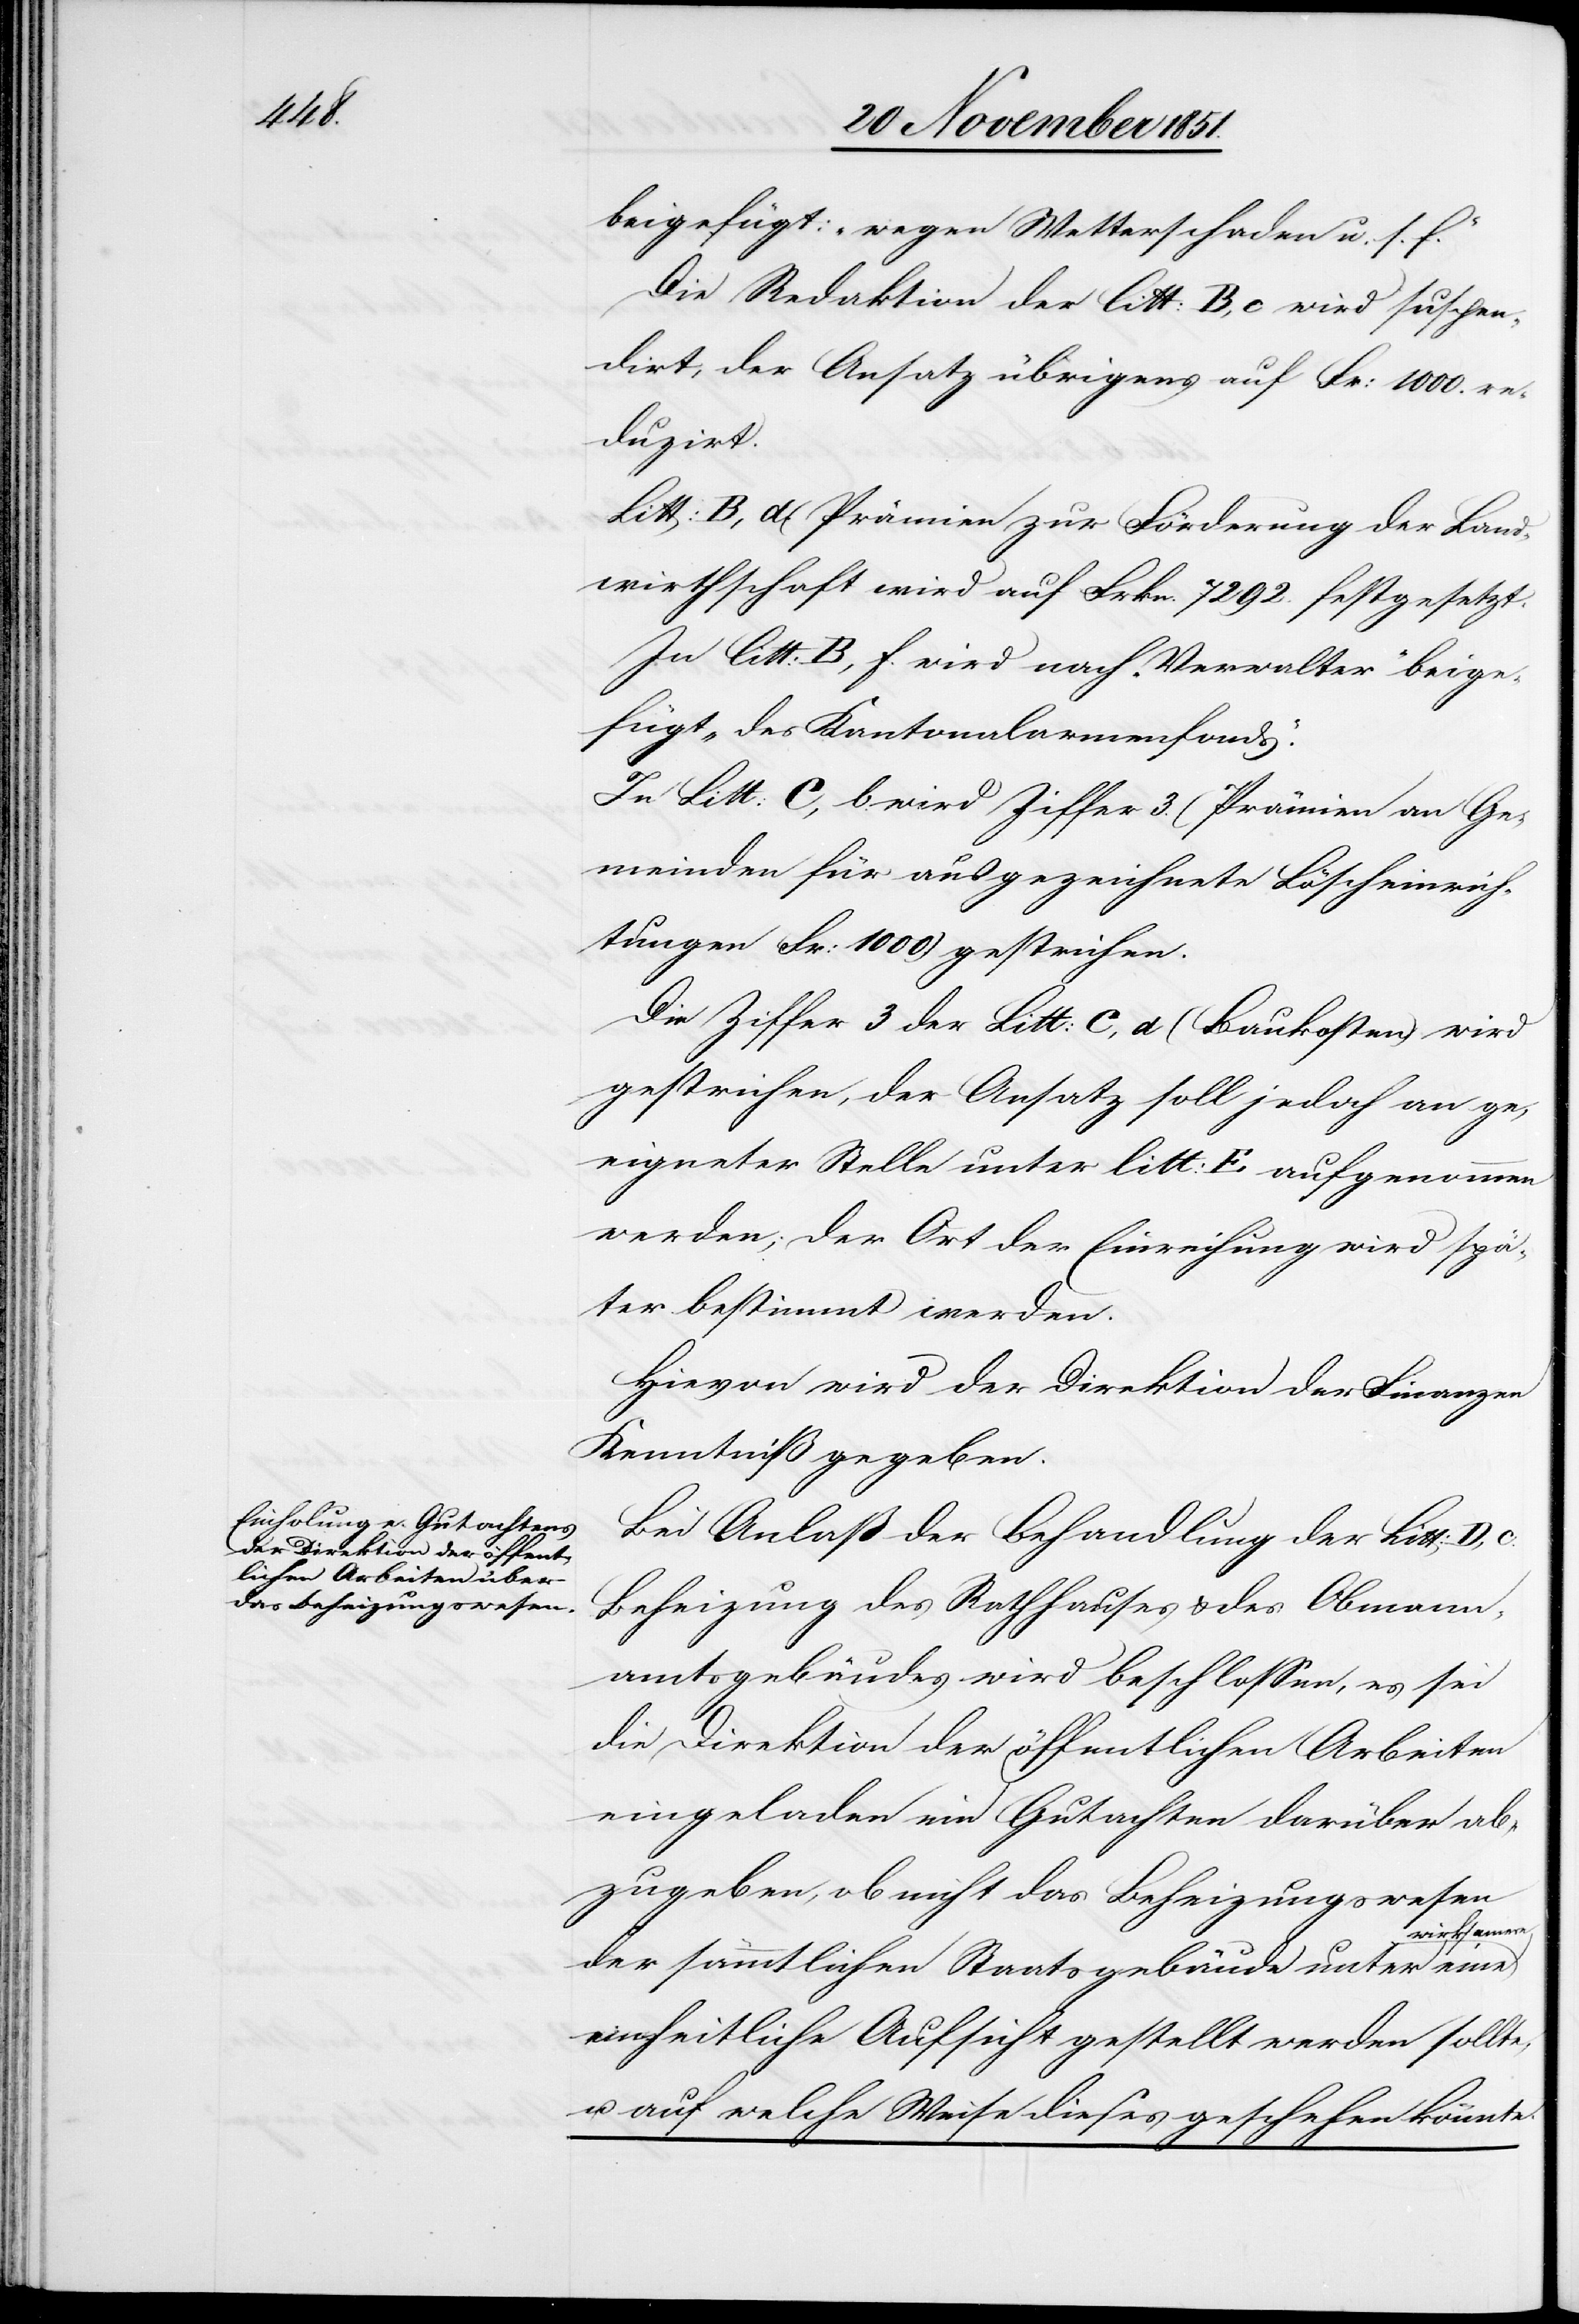
beigefügt: „wegen Wetterschaden u. s. f.“
Die Redaktion der litt: B, c wird suspen¬
dirt, der Ansatz übrigens auf Fr: 1000. re¬
duzirt.
Litt: B, d (Prämien zur Förderung der Land¬
wirthschaft[)] wird auf Frkn. 7292. festgesetzt.
In litt: B, f. wird nach „Verwalter“ beige¬
fügt „des Kantonalarmenfonds“.
In Litt: C, b. wird Ziffer 3. (Prämien an Ge¬
meinden für ausgezeichnete Löscheinrich¬
tungen Fr: 1000) gestrichen.
Die Ziffer 3 der Litt: C, d (Baukosten) wird
gestrichen, der Ansatz soll jedoch an ge¬
eigneter Stelle unter litt: E aufgenommen
werden; der Ort der Einreihung wird spä¬
ter bestimmt werden.
Hievon wird der Direktion der Finanzen
Kenntniß gegeben.
Bei Anlaß der Behandlung der Litt: D, c.
Beheizung des Rathhauses & des Obmann¬
amtsgebäudes wird beschlossen, es sei
die Direktion der öffentlichen Arbeiten
eingeladen ein Gutachten darüber ab¬
zugeben, ob nicht das Beheizungswesen
wirksamere
der sämmtlichen Staatsgebäude unter eine
einheitliche Aufsicht gestellt werden sollte,
u. auf welche Weise dieses geschehen könnte.